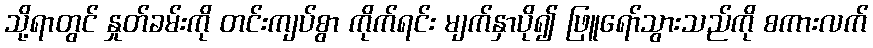
သို့ရာတွင် နှုတ်ခမ်းကို တင်းကျပ်စွာ ကိုက်ရင်း မျက်နှာပို၍ ဖြူရော်သွားသည်ကို စကားလက်